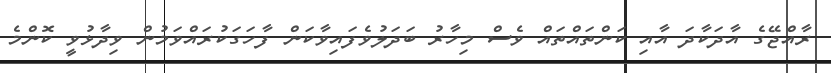
ރާއްޖޭގެ އާދަކާދަ އާއި ކަންތައްތައް ވެސް މިހާރު ބަދަލުވެފައިވާކަން ފާހަގަކުރައްވަމުން ވިދާޅުވީ ކޮންމެ